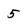
Character: 5